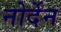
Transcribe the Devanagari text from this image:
नोर्देन